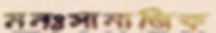
মনঃসামাজিক